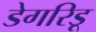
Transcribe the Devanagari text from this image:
डेगरिडू